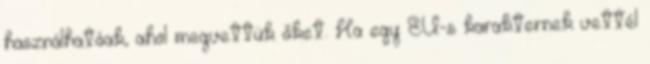
használhatóak, ahol megvettük őket. Ha egy EU-s karakternek vettél